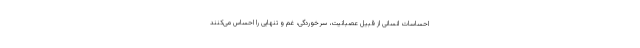
احساسات انسانی از قبیل عصبانیت، سرخوردگی، غم و تنهایی را احساس می‌کنند